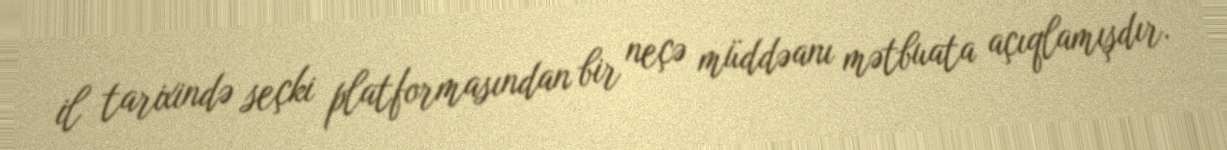
il tarixində seçki platformasından bir neçə müddəanı mətbuata açıqlamışdır.